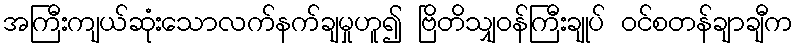
အကြီးကျယ်ဆုံးသောလက်နက်ချမှုဟူ၍ ဗြိတိသျှဝန်ကြီးချုပ် ဝင်စတန်ချာချီက